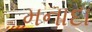
મનાદા